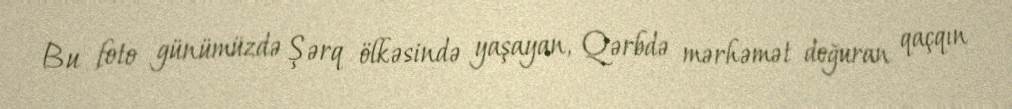
Bu foto günümüzdə Şərq ölkəsində yaşayan, Qərbdə mərhəmət doğuran qaçqın